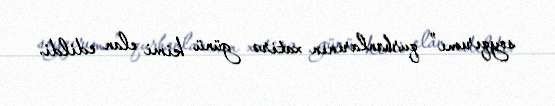
soyqırımı” qurbanlarının xatirə günü kimi elan edildi.